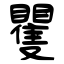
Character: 矍